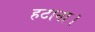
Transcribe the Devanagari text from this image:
हटाना।